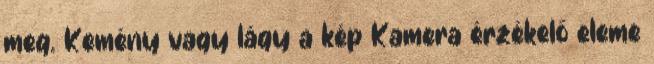
meg. Kemény vagy lágy a kép Kamera érzékelő eleme